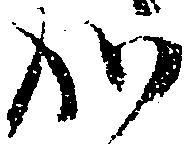
か